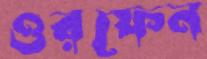
ওরফেন